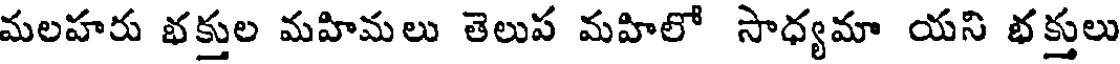
మలహరు భక్తుల మహిమలు తెలుప మహిలో సాధ్యమా యని భక్తులు